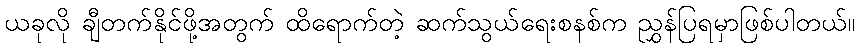
ယခုလို ချီတက်နိုင်ဖို့အတွက် ထိရောက်တဲ့ ဆက်သွယ်ရေးစနစ်က ညွှန်ပြရမှာဖြစ်ပါတယ်။